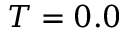
T = 0 . 0